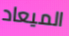
الميعاد